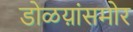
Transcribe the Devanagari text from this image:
डोळय़ांसमोर